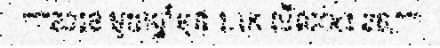
"""2018 មួយឆ្នាំមុន 1.1K មើលOct 26,"""